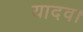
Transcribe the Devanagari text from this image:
यादव।